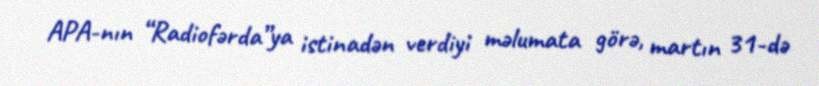
APA-nın “Radiofərda”ya istinadən verdiyi məlumata görə, martın 31-də